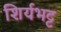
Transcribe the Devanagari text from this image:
शिर्यभट्ट